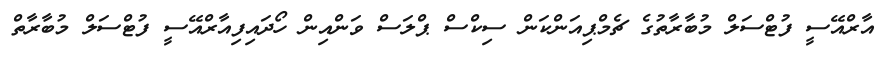
އާރްއޭސީ ފުޓްސަލް މުބާރާތުގެ ޗެމްޕިއަންކަން ސިކްސް ޕްލަސް ވަންއިން ހޯދައިފިއާރްއޭސީ ފުޓްސަލް މުބާރާތް